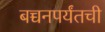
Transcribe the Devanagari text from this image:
बच्चनपर्यंतची